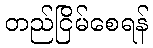
တည်ငြိမ်စေရန်